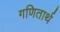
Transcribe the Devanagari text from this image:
गणितार्थ